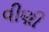
વીણી